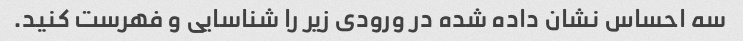
سه احساس نشان داده شده در ورودی زیر را شناسایی و فهرست کنید.